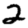
Digit: 2